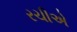
રચીએ